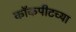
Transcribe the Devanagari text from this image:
कॉकपीटच्या